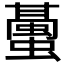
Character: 𧒤